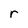
Character: r